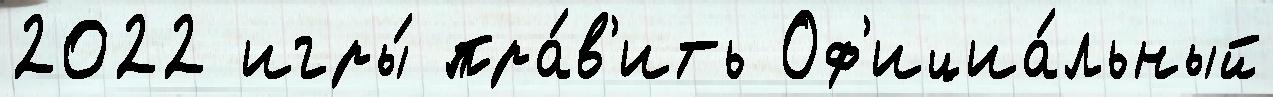
2022 игры́ пра́в'ить Оф'ициа́льный